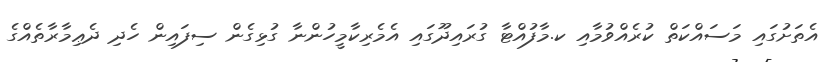
އެތަށުގައި މަސައްކަތް ކުރެއްވުމާއި ކ.މާފުއްޓާ ގުރައިދޫގައި އެމެރިކާމީހުންނާ ގުޅިގެން ސިފައިން ހެދި ދެޢިމާރާތެއްގެ